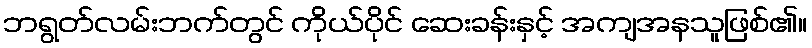
ဘရွတ်လမ်းဘက်တွင် ကိုယ်ပိုင် ဆေးခန်းနှင့် အကျအနသူဖြစ်၏။